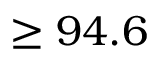
\geq 9 4 . 6 \